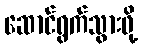
ဆောင်ရွက်သွားဖို့